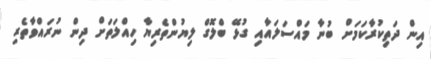
އިން ދަތިކުރާކަމަށް ބުނާ މައްސަލައާއި ގުޅޭ ބްލޮގް ލިޔުންތެރިޔާ ހިއްލަތަށް ދިން ނުރައްވާތެރި